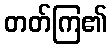
တတ်ကြ၏